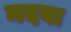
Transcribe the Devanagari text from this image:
मदवा